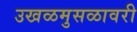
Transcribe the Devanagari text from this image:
उखळमुसळावरी